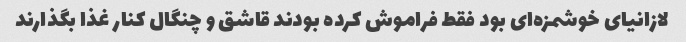
لازانیای خوشمزه‌ای بود فقط فراموش کرده بودند قاشق و چنگال کنار غذا بگذارند